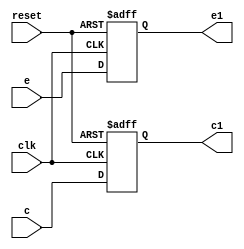
module reg3 (c,e,clk,reset,c1,e1);
input e,clk,reset;
input [31:0]c;
output reg e1;
output reg [31:0]c1;

always@ (posedge clk or negedge reset)
begin
		if (!reset)
		begin
				e1 <= 0;
				c1 <= 0;
				//norm1 <= 0;
		end
		
	else
		begin
				e1 <= e;
				c1 <= c;

		end
end
endmodule